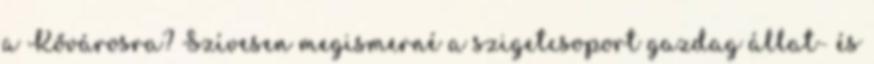
a Kővárosra? Szívesen megismerné a szigetcsoport gazdag állat- és